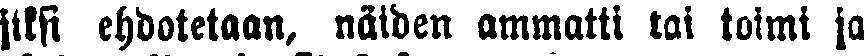
jiksi ehdotetaan, näiden ammatti tai toimi ja